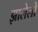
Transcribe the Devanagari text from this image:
झालेलो